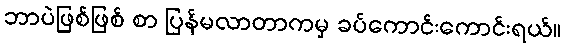
ဘာပဲဖြစ်ဖြစ် စာ ပြန်မလာတာကမှ ခပ်ကောင်းကောင်းရယ်။